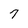
Character: 7